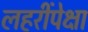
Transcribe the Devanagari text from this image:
लहरींपेक्षा